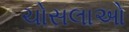
ચોસલાઓ